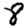
Digit: 8